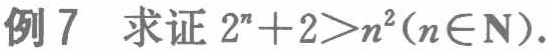
例7 求证 \(2^{n}+2>n^{2}(n\in\mathrm{N})\).